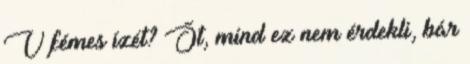
V fémes ízét? Őt, mind ez nem érdekli, bár